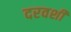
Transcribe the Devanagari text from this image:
दरवर्शी